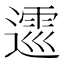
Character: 𨖝